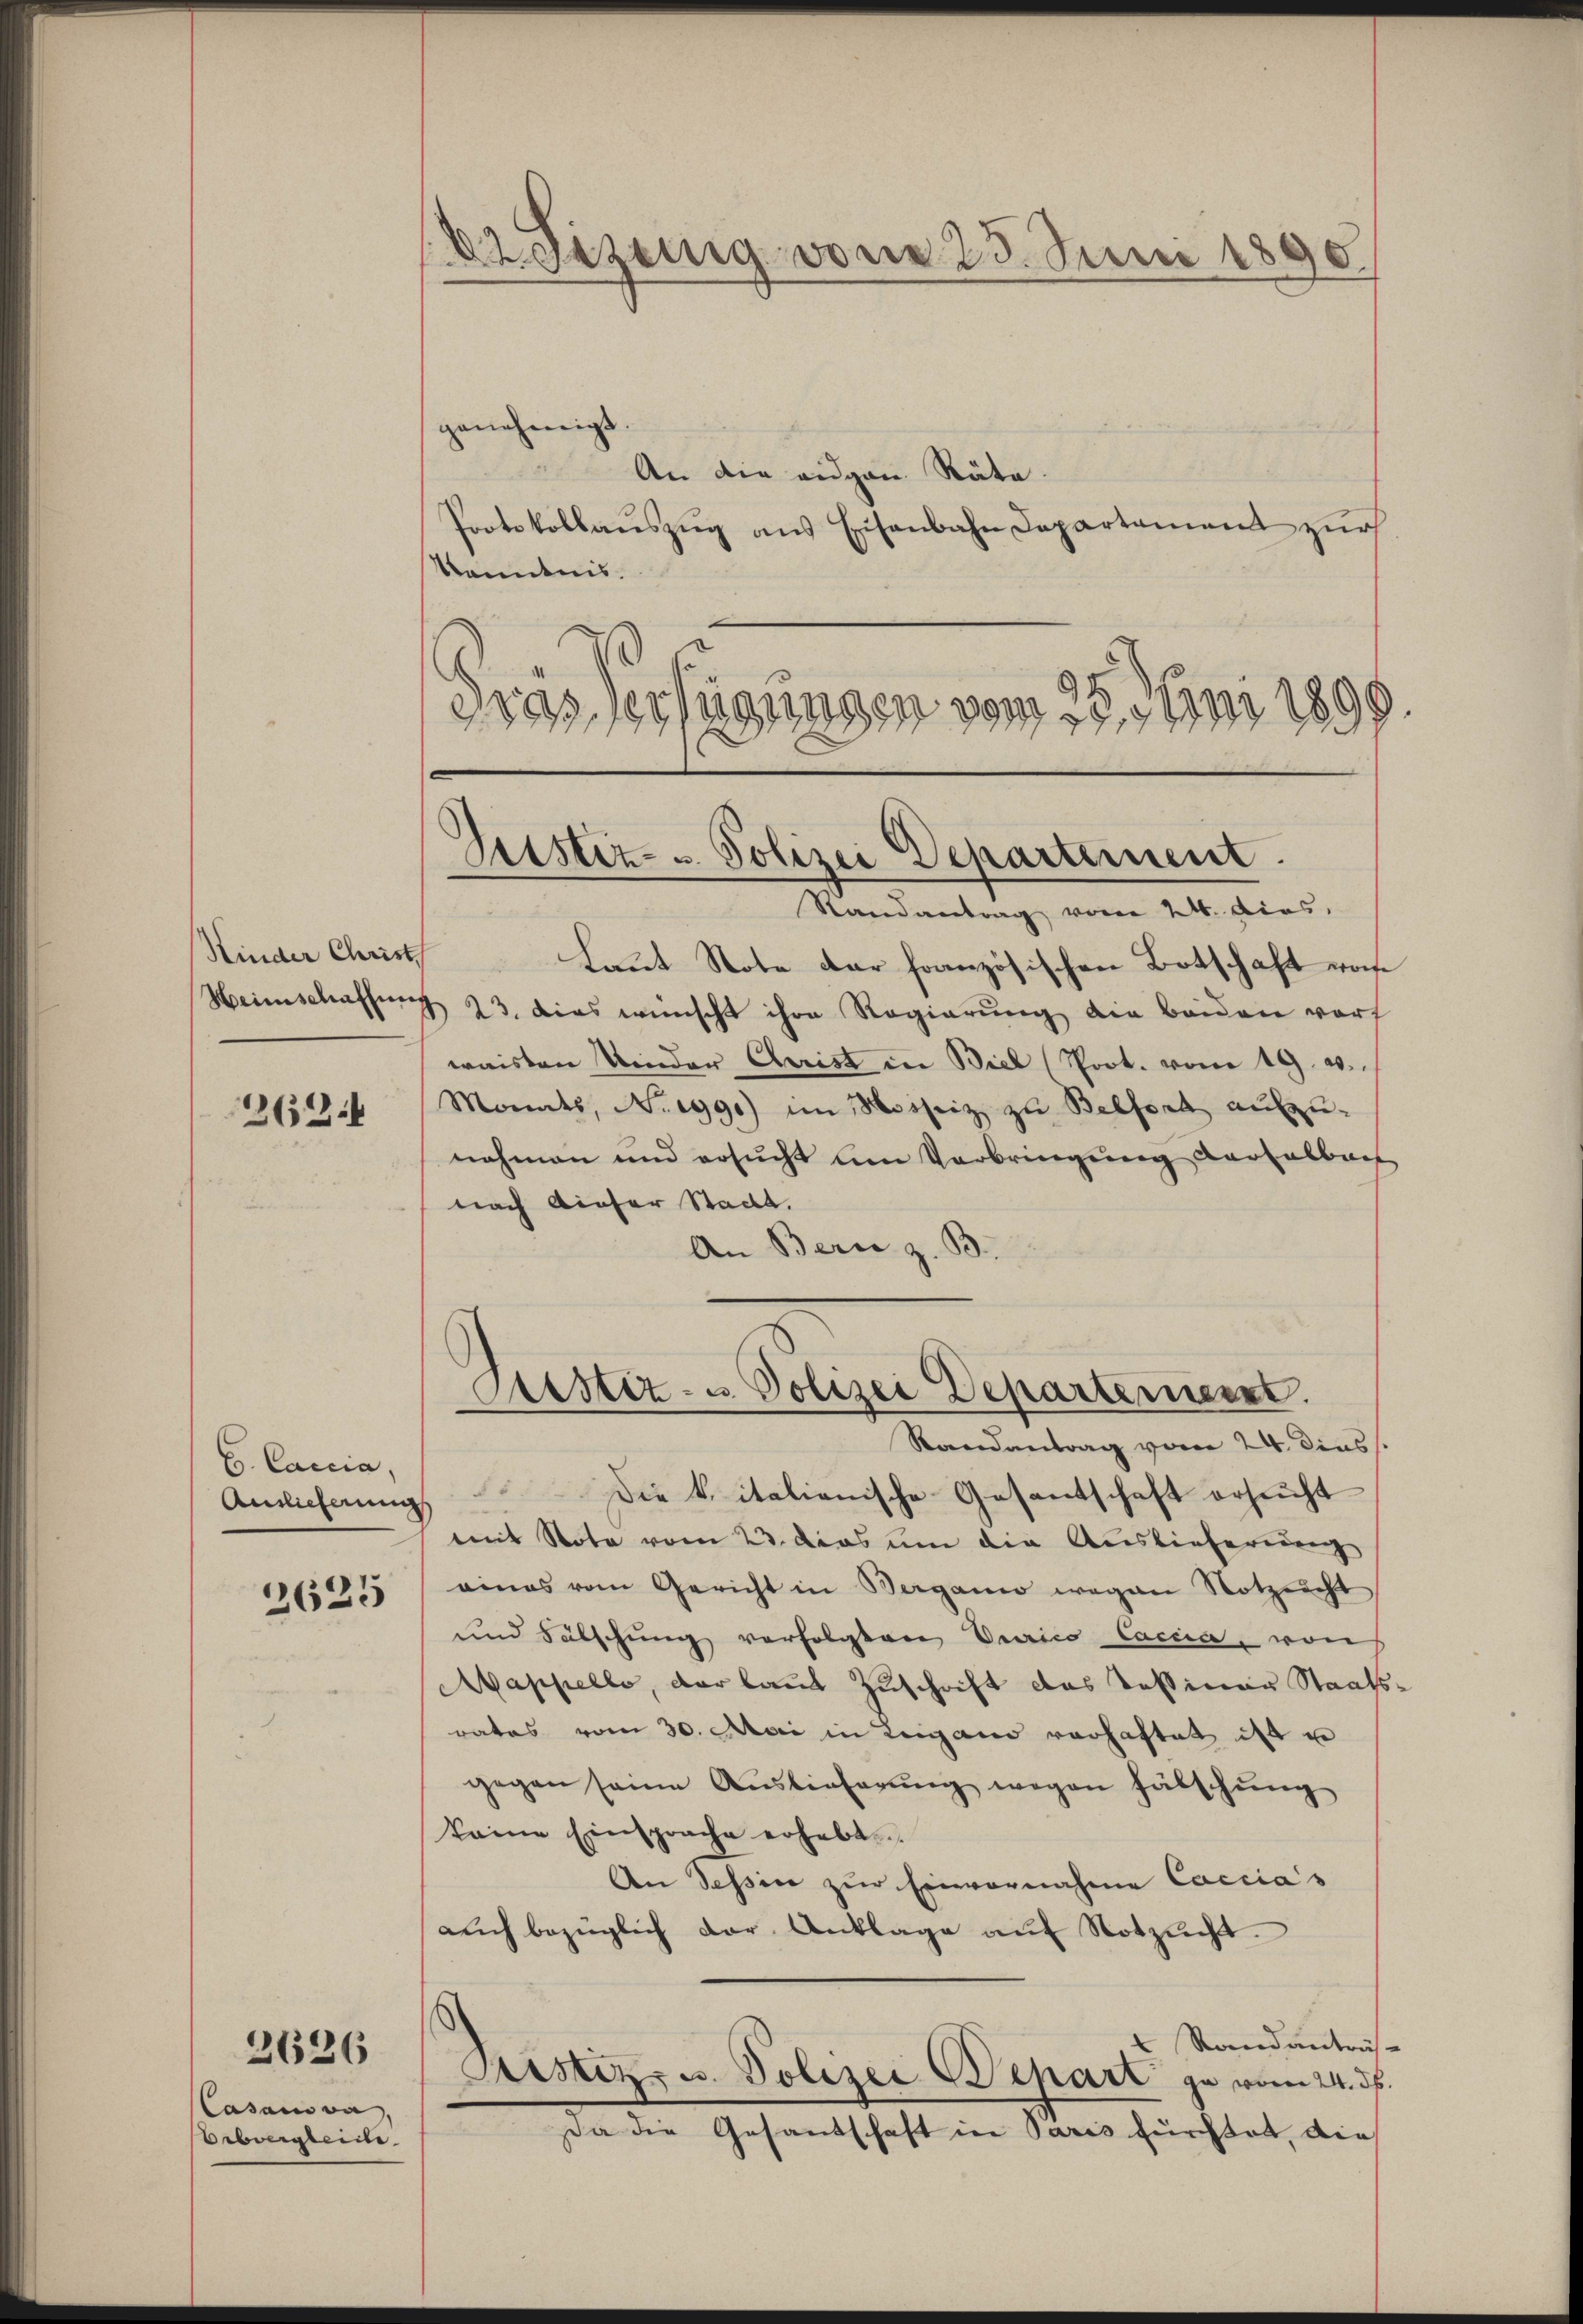
Kinder Christ
Heimschaffung

263.

C. Caccia,
Auslieferung

2625

2626

Casanova,
Oebergleite

de gezeig von 25. Juni 1890.

genehmigt.
An die eidgen Räte.
Protokollaŭszŭg ans Eisenbahn Departement zŭr
Kenntnis.
Dras erfügungen vom 25. Juni 1890
Randantrag vom 24. dies
Laut Note der französischen Botschaft vors
1 23. dies wünscht ihre Regierung die beiden vorf
waisten Kinder Christ in Biel (Prot. vom 19. d.
Monats, No. 1990) im Mooseiz zu Belfort aufzu-
nahmen und ersucht am Verbringung Kartalbach
nach dieser Stadt.
An Bern z. B.
Astiz- u. Polizei Departement.
Randantrag vom 24. dies
Die k. italienische Gesantschaft ersucht
mit Note vom 23. das um die Auslieferung
eines vom Gericht in Bergani wegen Notzeicht
und Fälschung verfolgten Berico Caccia, von
Mappello, der laut Zuschrift das Tessiner Staats
rates vom 30. Mai in Lugano verhaftet ist u
gegen seine Auslieferŭng wegen fälschŭng
keine Einsprache erhebt.
An Tessin zur Einvernahme Caccias
aŭch bezüglich der Anklage aŭf Notzŭcht.
 Stand anträs¬
Sistiz- u. Polizei Depart ja vom 24. ds.
Da die Gesandschaft in Paris furchtet, die

Geister- u Polizei Departement.